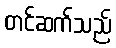
တင်ဆက်သည်